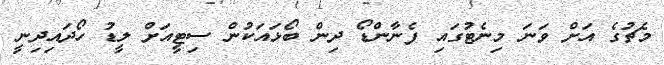
މެޗުގެ އަށް ވަނަ މިނެޓުގައި ފެނާންޑޯ ދިން ބޯޅައަކުން ސިޓީއަށް ލީޑު ހޯދައިދިނީ